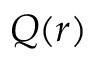
Q ( r )